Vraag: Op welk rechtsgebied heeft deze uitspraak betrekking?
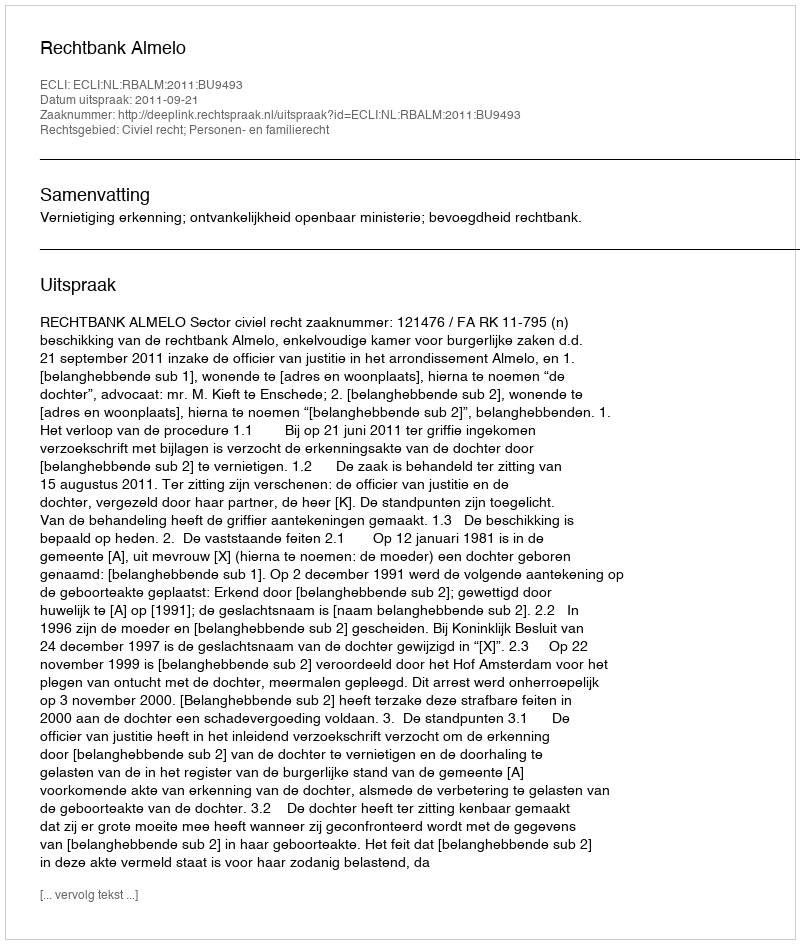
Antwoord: Civiel recht; Personen- en familierecht